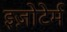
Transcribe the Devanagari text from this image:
इज़ोटेर्म